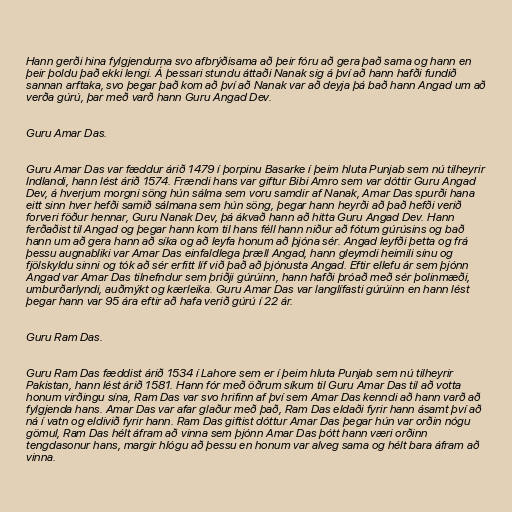
Hann gerði hina fylgjendurna svo afbrýðisama að þeir fóru að gera það sama og hann en
þeir þoldu það ekki lengi. Á þessari stundu áttaði Nanak sig á því að hann hafði fundið
sannan arftaka, svo þegar það kom að því að Nanak var að deyja þá bað hann Angad um að
verða gúrú, þar með varð hann Guru Angad Dev.

Guru Amar Das.

Guru Amar Das var fæddur árið 1479 í þorpinu Basarke í þeim hluta Punjab sem nú tilheyrir
Indlandi, hann lést árið 1574. Frændi hans var giftur Bibi Amro sem var dóttir Guru Angad
Dev, á hverjum morgni söng hún sálma sem voru samdir af Nanak, Amar Das spurði hana
eitt sinn hver hefði samið sálmana sem hún söng, þegar hann heyrði að það hefði verið
forveri föður hennar, Guru Nanak Dev, þá ákvað hann að hitta Guru Angad Dev. Hann
ferðaðist til Angad og þegar hann kom til hans féll hann niður að fótum gúrúsins og bað
hann um að gera hann að síka og að leyfa honum að þjóna sér. Angad leyfði þetta og frá
þessu augnabliki var Amar Das einfaldlega þræll Angad, hann gleymdi heimili sínu og
fjölskyldu sinni og tók að sér erfitt líf við það að þjónusta Angad. Eftir ellefu ár sem þjónn
Angad var Amar Das tilnefndur sem þriðji gúrúinn, hann hafði þróað með sér þolinmæði,
umburðarlyndi, auðmýkt og kærleika. Guru Amar Das var langlífasti gúrúinn en hann lést
þegar hann var 95 ára eftir að hafa verið gúrú í 22 ár.

Guru Ram Das.

Guru Ram Das fæddist árið 1534 í Lahore sem er í þeim hluta Punjab sem nú tilheyrir
Pakistan, hann lést árið 1581. Hann fór með öðrum síkum til Guru Amar Das til að votta
honum virðingu sína, Ram Das var svo hrifinn af því sem Amar Das kenndi að hann varð að
fylgjenda hans. Amar Das var afar glaður með það, Ram Das eldaði fyrir hann ásamt því að
ná í vatn og eldivið fyrir hann. Ram Das giftist dóttur Amar Das þegar hún var orðin nógu
gömul, Ram Das hélt áfram að vinna sem þjónn Amar Das þótt hann væri orðinn
tengdasonur hans, margir hlógu að þessu en honum var alveg sama og hélt bara áfram að
vinna.